Report of the Bombay Plague Committee
Disease focus: Plague
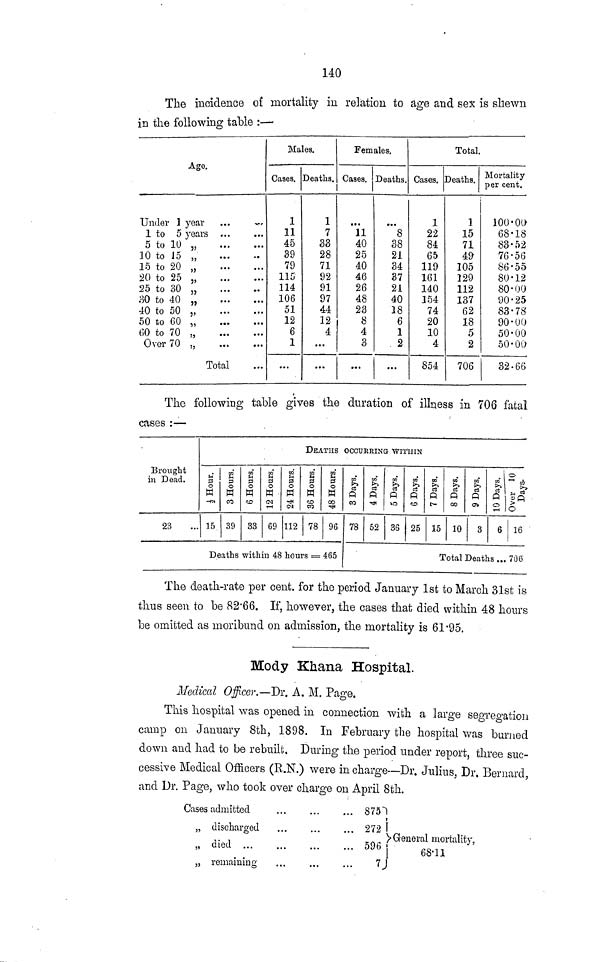
140
The incidence of mortality in relation to âge and sex is shewn
in the following table :—
Age.
Under 1 year
1 to 5 years
5 to 10 „
10 to 15 „
15 to 20 „
20 to 25 „
25 to 30 „
30 to 40 „
40 to 50 j,
50 to 60 „
60 to 70 „
Over 70 „
Total
Males.
Cases.
1
11
45
39
79
115
114
106
51
12
6
1
...
Deaths.
1
7
33
28
71
92
91
97
44
12
4
...
...
Females.
Cases.
11
40
25
40
46
26
48
23
8
4
3
...
Deaths.
38
21
34
37
21
40
IS
6
1
. 2
...
Total.
Cases.
1
22
84
65
119
161
140
154
74
20
10
4
854
Deaths.
1
15
71
49
105
129
112
137
62
18
5
2
706
Mortality
per cent.
100-00
68-18
83-52
76-56
86-55
80-12
80-00
90-25
83-78
90-00
50-00
50-00
32-66
The following table gives the duration of illness in 706 fatal
cases :—
Brought
in Dead.
23
DEATHS OCCURRING WITHIN
15 39 33 69 112 78 96
Deaths within 48 hours = 465
78 52 36 25 15 10 3
10 Days.
6 16
Total Deaths ... 706
The death-rate per cent, for the period January 1st to March 31st is
thus seen to be 82'66. If, however, the cases that died within 48 hours
be omitted as moribund on admission, the mortality is 61-95.
Mody Khana Hospital.
Medical Officer.—Dr. A. M. Page.
This hospital was opened in connection with a large segregation
camp on January 8th, 1898. In February the hospital was burned
down and had to be rebuilt. During the period under report, three sue-
cessive Medical Officers (R.N.) were in charge—Dr. Julius, Dr. Bernard,
and Dr. Page, who took over charge on April 8th.
Cases admitted
,, discharged
„ died ...
„ remaining
...
...
• • »
...
... 875
596
,
596
7
t
General mortality,
68-11